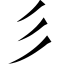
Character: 彡